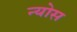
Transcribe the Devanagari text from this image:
न्योस